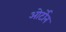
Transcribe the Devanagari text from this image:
ओर्टोन